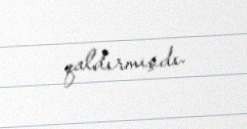
qaldırmışdı.